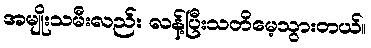
အမျိုးသမီးလည်း လန့်ပြီးသတိမေ့သွားတယ်။